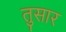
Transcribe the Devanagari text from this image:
तुसार